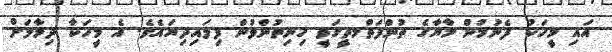
އައި މީހަކު ފެނުމުން މާޔާގެ ތުންފަތްމތީގަވީ ހިނިތުންވުން ފިލައިދިޔައެވެ. އެ މީހަކާ ދިމާލަށް